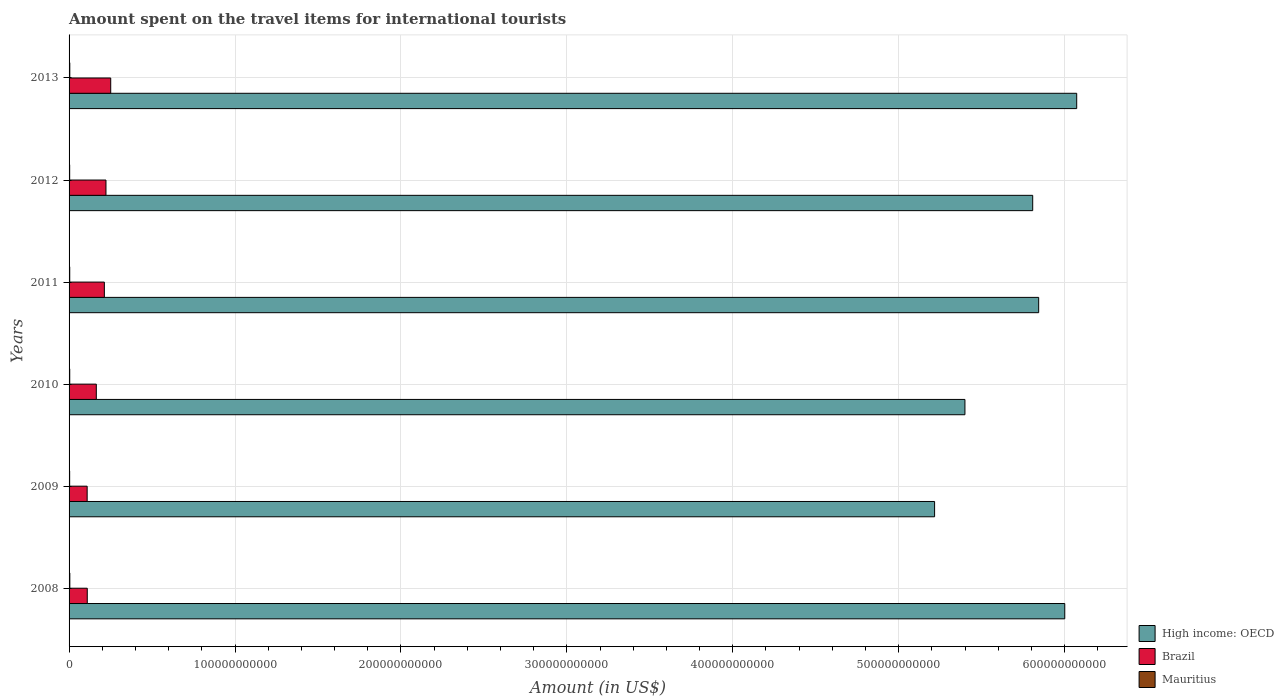
| Years | High income: OECD | Brazil | Mauritius |
 | --- | --- | --- | --- |
 | 2008 | 6e+11 | 1.1e+10 | 4.52e+08 |
 | 2009 | 5.22e+11 | 1.09e+10 | 3.54e+08 |
 | 2010 | 5.4e+11 | 1.64e+10 | 3.98e+08 |
 | 2011 | 5.84e+11 | 2.13e+10 | 4e+08 |
 | 2012 | 5.81e+11 | 2.22e+10 | 3.66e+08 |
 | 2013 | 6.07e+11 | 2.51e+10 | 4.36e+08 |